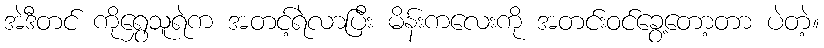
အဲဒီတင် ကိုရွှေသူရဲက အတင့်ရဲလာပြီး မိန်းကလေးကို အတင်းဝင်ခွေ့တော့တာ ပဲတဲ့။